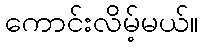
ကောင်းလိမ့်မယ်။